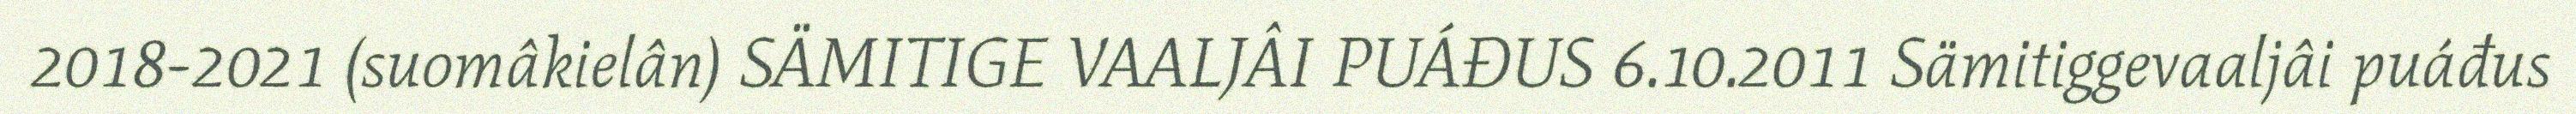
2018-2021 (suomâkielân) SÄMITIGE VAALJÂI PUÁĐUS 6.10.2011 Sämitiggevaaljâi puáđus